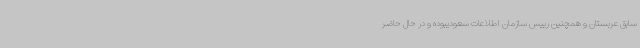
سابق عربستان و همچنین رییس سازمان اطلاعات سعودیبوده و در حال حاضر